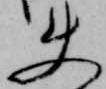
使